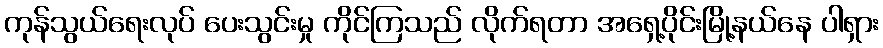
ကုန်သွယ်ရေးလုပ် ပေးသွင်းမှု ကိုင်ကြသည် လိုက်ရတာ အရှေ့ပိုင်းမြို့နယ်နေ ပါရှား